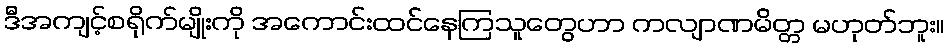
ဒီအကျင့်စရိုက်မျိုးကို အကောင်းထင်နေကြသူတွေဟာ ကလျာဏမိတ္တ မဟုတ်ဘူး။